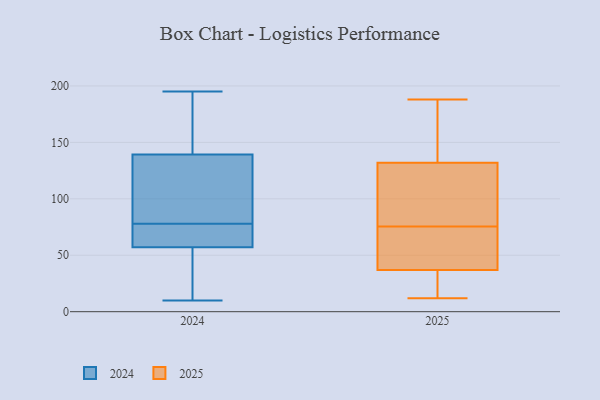
{"axis": {"x": "Tickets Resolved", "y": "Value"}, "legend": ["2024", "2025"], "data": [{"x": "", "y": 62, "type": "2024"}, {"x": "", "y": 127, "type": "2024"}, {"x": "", "y": 70, "type": "2024"}, {"x": "", "y": 54, "type": "2024"}, {"x": "", "y": 176, "type": "2024"}, {"x": "", "y": 58, "type": "2024"}, {"x": "", "y": 186, "type": "2024"}, {"x": "", "y": 124, "type": "2024"}, {"x": "", "y": 187, "type": "2024"}, {"x": "", "y": 78, "type": "2024"}, {"x": "", "y": 10, "type": "2024"}, {"x": "", "y": 86, "type": "2024"}, {"x": "", "y": 38, "type": "2024"}, {"x": "", "y": 109, "type": "2024"}, {"x": "", "y": 32, "type": "2024"}, {"x": "", "y": 195, "type": "2024"}, {"x": "", "y": 58, "type": "2024"}, {"x": "", "y": 37, "type": "2025"}, {"x": "", "y": 48, "type": "2025"}, {"x": "", "y": 70, "type": "2025"}, {"x": "", "y": 28, "type": "2025"}, {"x": "", "y": 77, "type": "2025"}, {"x": "", "y": 12, "type": "2025"}, {"x": "", "y": 166, "type": "2025"}, {"x": "", "y": 132, "type": "2025"}, {"x": "", "y": 74, "type": "2025"}, {"x": "", "y": 79, "type": "2025"}, {"x": "", "y": 188, "type": "2025"}, {"x": "", "y": 33, "type": "2025"}, {"x": "", "y": 101, "type": "2025"}, {"x": "", "y": 158, "type": "2025"}]}